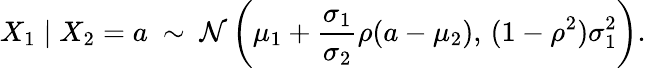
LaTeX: X_{1}\mid X_{2}=a\ \sim\ {\mathcal{N}}\left(\mu_{1}+{\frac{\sigma_{1}}{\sigma_{2}}}\rho(a-\mu_{2}),\, (1-\rho^{2})\sigma_{1}^{2}\right).